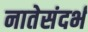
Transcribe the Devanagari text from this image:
नातेसंदर्भ